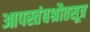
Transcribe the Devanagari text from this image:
आपस्तंबश्रौतसूत्र